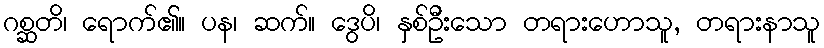
ဂစ္ဆတိ၊ ရောက်၏။ ပန၊ ဆက်။ ဒွေပိ၊ နှစ်ဦးသော တရားဟောသူ, တရားနာသူ